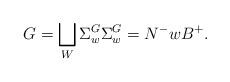
LaTeX: \begin{align*}G=\bigsqcup_{W} \Sigma^{G}_{w} \Sigma^{G}_{ w}=N^- w B^+.\end{align*}